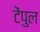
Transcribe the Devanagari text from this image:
टेंपुल